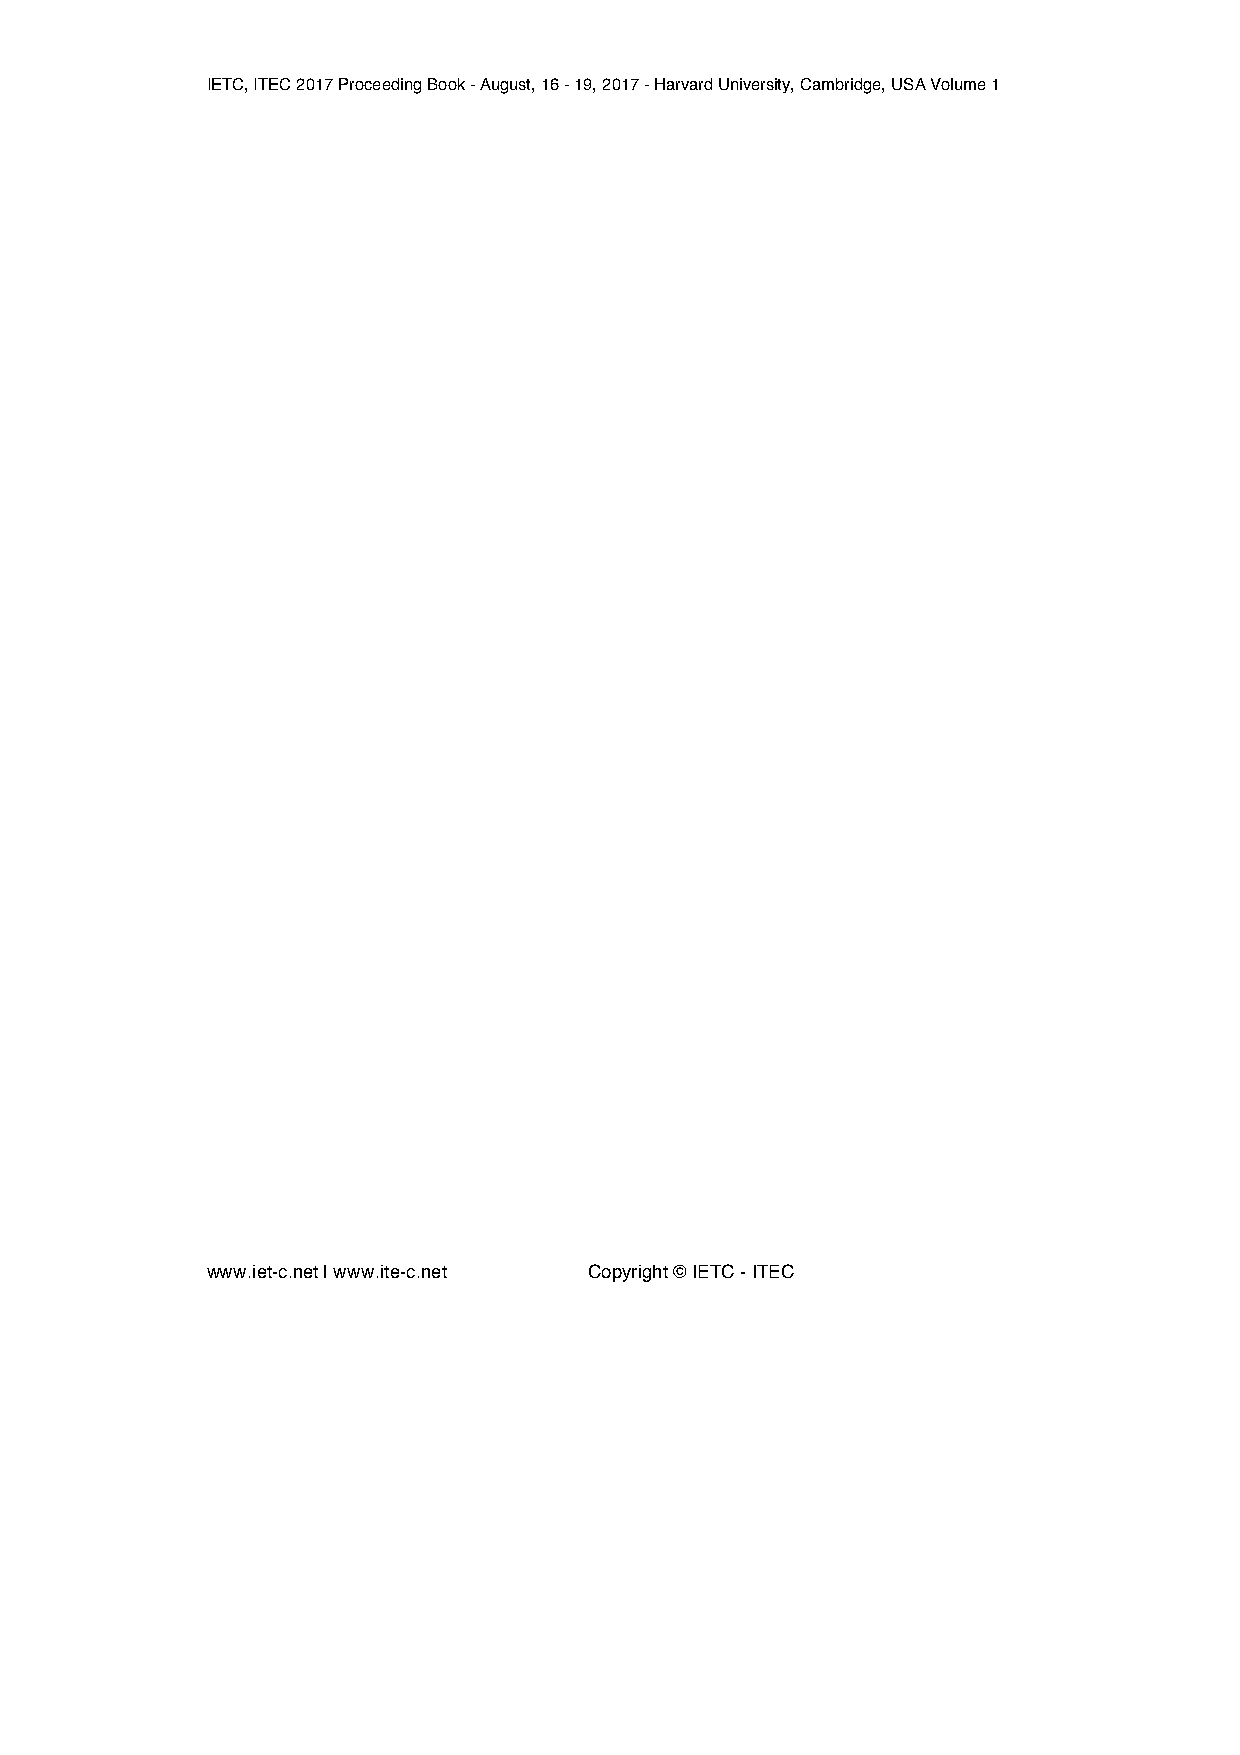
IETC, ITEC 2017 Proceeding Book - August, 16 - 19, 2017 - Harvard University, Cambridge, USA Volume 1
 www.iet-c.net | www.ite-c.net Copyright © IETC - ITEC